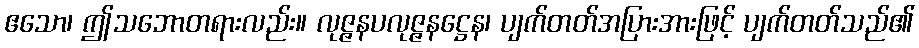
ဧသော၊ ဤသဘောတရားလည်း။ လုဇ္ဇနပလုဇ္ဇနဋ္ဌေန၊ ပျက်တတ်အပြားအားဖြင့် ပျက်တတ်သည်၏